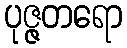
ပုဇ္ဇတရော